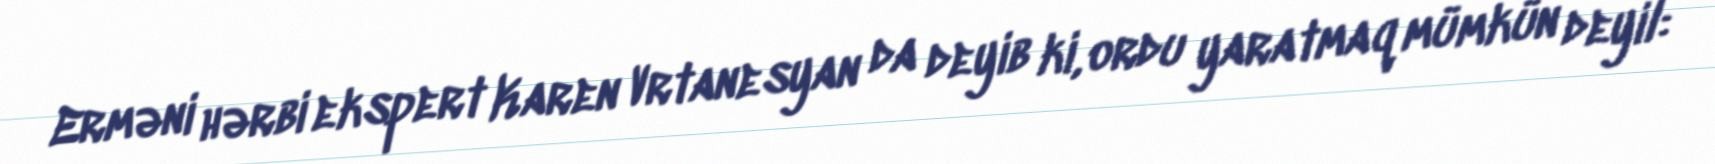
Erməni hərbi ekspert Karen Vrtanesyan da deyib ki, ordu yaratmaq mümkün deyil: